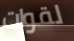
لقوات